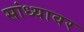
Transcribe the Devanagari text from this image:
सांध्यावर